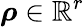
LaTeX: \boldsymbol{\rho}\in\mathbb{R}^{r}